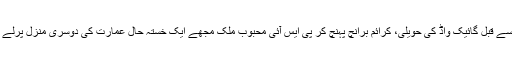
عشاءسے قبل گائیک واڈ کی حویلی، کرائم برانچ پہنچ کر پی ایس آئی محبوب ملک مجھے ایک خستہ حال عمارت کی دوسری منزل پرلے گئے۔